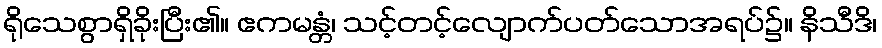
ရိုသေစွာရှိခိုးပြီး၏။ ဧကမန္တံ၊ သင့်တင့်လျောက်ပတ်သောအရပ်၌။ နိသီဒိ၊